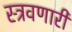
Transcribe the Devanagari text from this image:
स्त्रवणारी